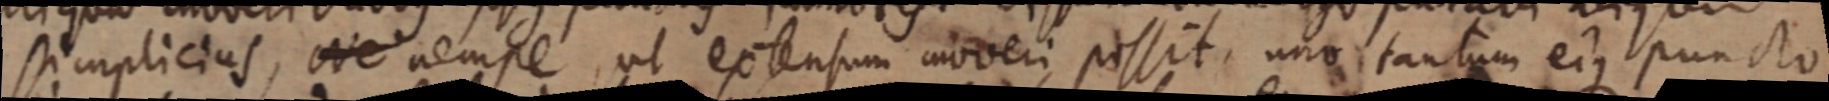
simplicius, Ne nempe ut extensum moveri possit, uno tantum ejus puncto